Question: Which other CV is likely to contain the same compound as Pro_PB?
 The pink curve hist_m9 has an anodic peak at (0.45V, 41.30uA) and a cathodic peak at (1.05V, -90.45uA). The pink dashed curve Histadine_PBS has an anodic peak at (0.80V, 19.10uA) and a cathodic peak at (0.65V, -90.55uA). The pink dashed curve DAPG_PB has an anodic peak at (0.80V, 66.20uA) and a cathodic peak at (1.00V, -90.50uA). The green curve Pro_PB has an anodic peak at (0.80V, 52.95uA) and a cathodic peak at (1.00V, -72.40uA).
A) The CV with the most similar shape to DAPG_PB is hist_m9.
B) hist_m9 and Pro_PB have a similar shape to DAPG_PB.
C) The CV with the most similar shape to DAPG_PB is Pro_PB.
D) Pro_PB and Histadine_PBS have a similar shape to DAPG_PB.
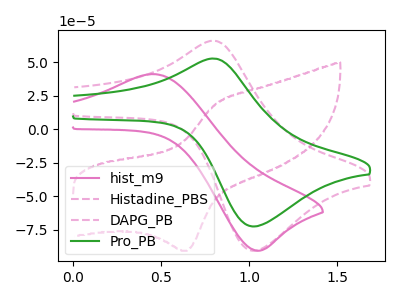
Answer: <think>"hist_m9" and "Histadine_PBS" have at least one peak that do not match. "hist_m9" and "DAPG_PB" have at least one peak that do not match. "hist_m9" and "Pro_PB" have at least one peak that do not match. "Histadine_PBS" and "DAPG_PB" have at least one peak that do not match. "Histadine_PBS" and "Pro_PB" have at least one peak that do not match. All the peaks in "DAPG_PB" have a peak in "Pro_PB" at the same potential. Every peak in "DAPG_PB" is higher than every peak in "Pro_PB".
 </think>
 <answer>C) The CV with the most similar shape to "DAPG_PB" is "Pro_PB".</answer>
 <eval>C</eval>